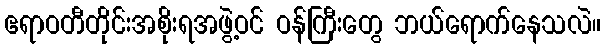
ဧရာဝတီတိုင်းအစိုးရအဖွဲ့ဝင် ဝန်ကြီးတွေ ဘယ်ရောက်နေသလဲ။